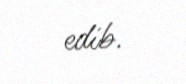
edib.